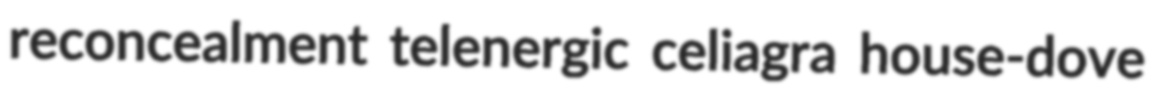
reconcealment telenergic celiagra house-dove